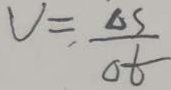
V = \frac { \Delta S } { o t }